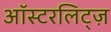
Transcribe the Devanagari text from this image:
ऑस्टरलिट्ज़